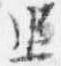
追